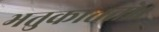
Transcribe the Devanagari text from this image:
भतुकाततो।